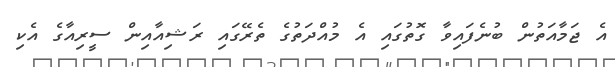
އެ ޖަމާއަތުން ބުނެފައިވާ ގޮތުގައި އެ މުއްދަތުގެ ތެރޭގައި ރަޝިއާއިން ސީރިއާގެ އެކި